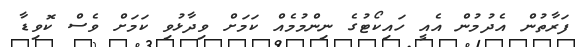
ފަރާތުން އެދުމުން އެއީ ހައިކޯޓުގެ ނިންމުމެއް ކަމަށް ވިދާޅުވި ކަމަށް ވެސް ކޮވިޑާ